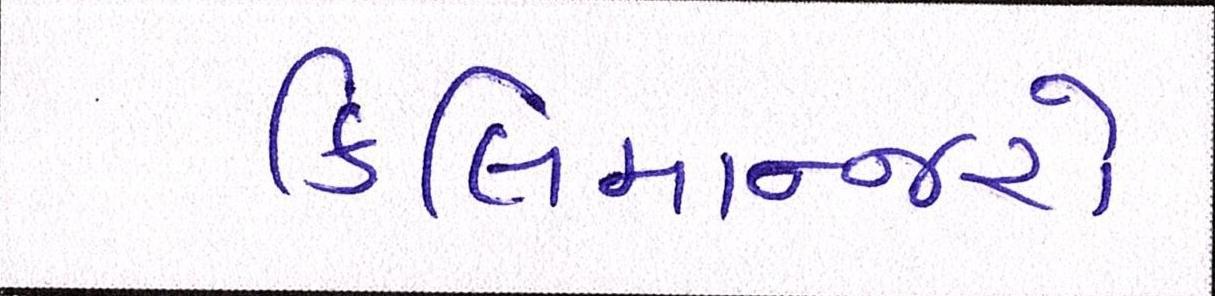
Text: કિલિમાન્જરો